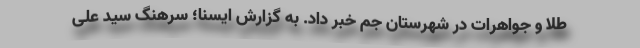
طلا و جواهرات در شهرستان جم خبر داد. به گزارش ایسنا؛ سرهنگ سید علی